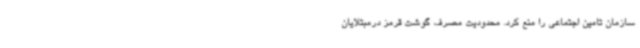
سازمان تامین اجتماعی را منع کرد. محدودیت مصرف گوشت قرمز درمبتلایان